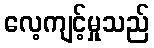
လေ့ကျင့်မှုသည်